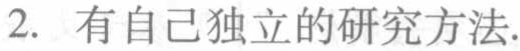
2. 有自己独立的研究方法.